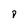
Character: 8